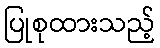
ပြုစုထားသည့်